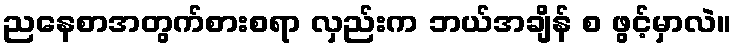
ညနေစာအတွက်စားစရာ လှည်းက ဘယ်အချိန် စ ဖွင့်မှာလဲ။